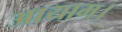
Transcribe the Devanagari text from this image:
आयाम।